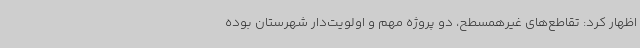
اظهار کرد: تقاطع‌های غیرهمسطح، دو پروژه مهم و اولویت‌دار شهرستان بوده